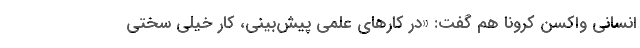
انسانی واکسن کرونا هم گفت: «در کارهای علمی پیش‌بینی، کار خیلی سختی